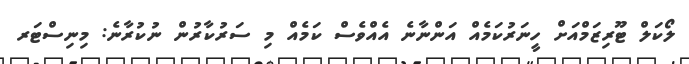
ލޯކަލް ޓޫރިޒަމްއަށް ހީނަރުކަމެއް އަންނާނެ އެއްވެސް ކަމެއް މި ސަރުކާރުން ނުކުރާނެ: މިނިސްޓަރ